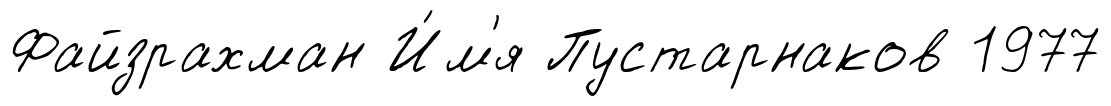
Файзрахман И́м'я Пустарнаков 1977